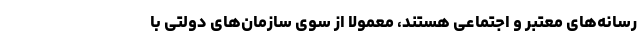
رسانه‌های معتبر و اجتماعی هستند، معمولا از سوی سازمان‌های دولتی با